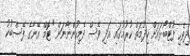
ދިވެހި ފުޓްބޯޅައަށް ހިދުމަތް ކުރުމުގައި އަދި ވެސް ދެމިހުންނާނަން" ޓޮމް އޭނާގެ ފޭސްބުކު